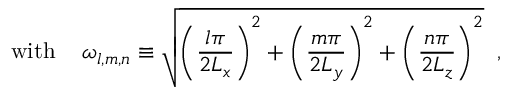
\mathrm { w i t h ~ } \; \; \; \omega _ { l , m , n } \equiv \sqrt { \Biggl ( \frac { l \pi } { 2 L _ { x } } \Biggr ) ^ { 2 } + \Biggl ( \frac { m \pi } { 2 L _ { y } } \Biggr ) ^ { 2 } + \Biggl ( \frac { n \pi } { 2 L _ { z } } \Biggr ) ^ { 2 } } \; \; ,